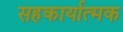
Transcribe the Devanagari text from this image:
सहकार्यात्मक